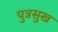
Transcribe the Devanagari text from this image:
पुत्रसुख